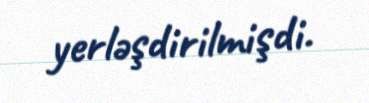
yerləşdirilmişdi.